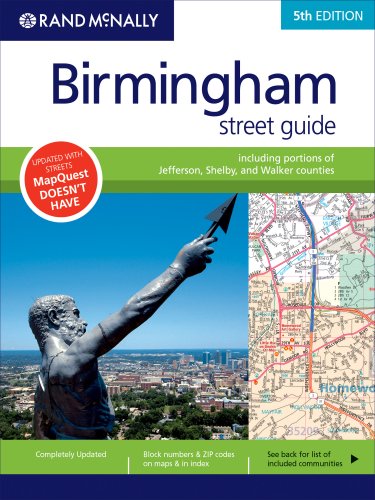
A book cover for Rand McNally Birmingham Street Guide; Rand McNally; Travel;